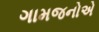
ગામજનોએ